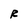
Character: R